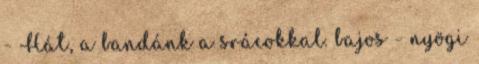
- Hát, a bandánk a srácokkal. bajos - nyögi